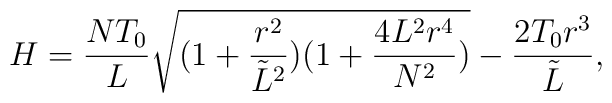
H=\frac{NT_0}{L}\sqrt{(1+\frac{r^2}{{\tilde L}^2})(1+\frac{4L^2r^4}{N^2})}-\frac{2T_0r^3}{{\tilde L}},